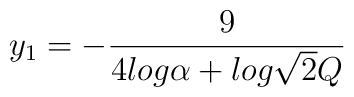
y_{1} = -\frac{9}{4log\alpha + log\sqrt{2}Q}